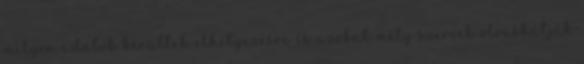
milyen adatok kerültek elhelyezésre és azokat mely szervek olvashatják